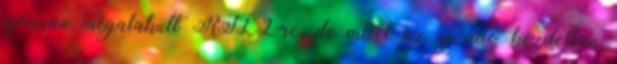
újonnan megalakult RTL2-re, de mivel az új adó kezdetben